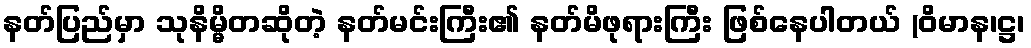
နတ်ပြည်မှာ သုနိမ္မိတဆိုတဲ့ နတ်မင်းကြီး၏ နတ်မိဖုရားကြီး ဖြစ်နေပါတယ် (ဝိမာန၊ဋ္ဌ၊